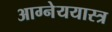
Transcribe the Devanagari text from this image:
आग्नेययास्त्र